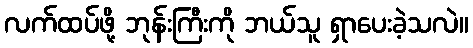
လက်ထပ်ဖို့ ဘုန်းကြီးကို ဘယ်သူ ရှာပေးခဲ့သလဲ။